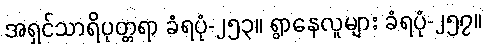
အရှင်သာရိပုတ္တရာ ခံရပုံ-၂၅၃။ ရွာနေလူများ ခံရပုံ-၂၅၇။